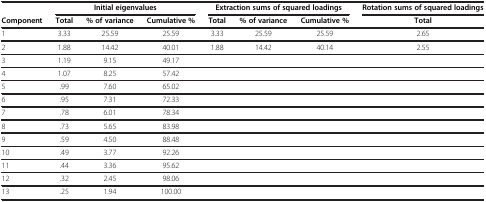
|  | <COLSPAN=3> Initial eigenvalues | <COLSPAN=3> Extraction sums of squared loadings | Rotation sums of squared loadings |
 | Component | Total | % of variance | Cumulative % | Total | % of variance | Cumulative % | Total |
 | --- | --- | --- | --- | --- | --- | --- | --- |
 | 1 | 3.33 | 25.59 | 25.59 | 3.33 | 25.59 | 25.59 | 2.65 |
 | 2 | 1.88 | 14.42 | 40.01 | 1.88 | 14.42 | 40.14 | 2.55 |
 | 3 | 1.19 | 9.15 | 49.17 |  |  |  |  |
 | 4 | 1.07 | 8.25 | 57.42 |  |  |  |  |
 | 5 | .99 | 7.60 | 65.02 |  |  |  |  |
 | 6 | .95 | 7.31 | 72.33 |  |  |  |  |
 | 7 | .78 | 6.01 | 78.34 |  |  |  |  |
 | 8 | .73 | 5.65 | 83.98 |  |  |  |  |
 | 9 | .59 | 4.50 | 88.48 |  |  |  |  |
 | 10 | .49 | 3.77 | 92.26 |  |  |  |  |
 | 11 | .44 | 3.36 | 95.62 |  |  |  |  |
 | 12 | .32 | 2.45 | 98.06 |  |  |  |  |
 | 13 | .25 | 1.94 | 100.00 |  |  |  |  |